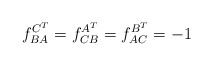
\begin{align*}f^{C^T}_{BA} = f^{A^T}_{CB} = f^{B^T}_{AC} = -1\end{align*}